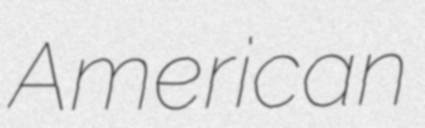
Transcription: American